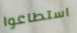
استطاعوا